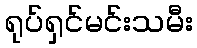
ရုပ်ရှင်မင်းသမီး